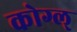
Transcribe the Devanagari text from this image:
कोग्ल्